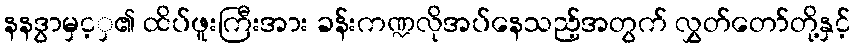
နနဒွာမှင့ှ၏ ထိပ်ဖူးကြီးအား ခန်းကဏ္ဍလိုအပ်နေသည့်အတွက် လွှတ်တော်တို့နှင့်